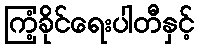
ကြံ့ခိုင်ရေးပါတီနှင့်